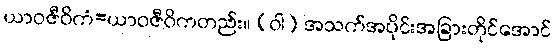
ယာဝဇီဝိကံ=ယာဝဇီဝိကတည်း။ (ဝါ) အသက်အပိုင်းအခြားတိုင်အောင်